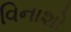
વિનાશો